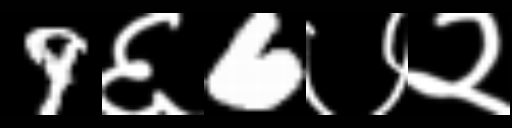
Text: 9६6७२